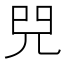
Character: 𠒅